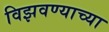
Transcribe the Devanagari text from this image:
विझवण्याच्या